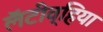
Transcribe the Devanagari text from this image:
लॅटीव्हिया